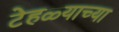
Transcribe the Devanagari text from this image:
टेहळ्याच्या